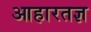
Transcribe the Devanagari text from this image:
आहारतज्ञ